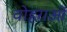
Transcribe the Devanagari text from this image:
वोहराओं